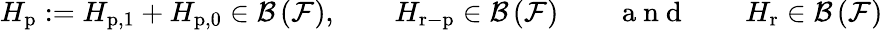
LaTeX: H_{\mathrm{p}}:=H_{\mathrm{p},1}+H_{\mathrm{p},0}\in\mathcal{B}\left(\mathcal{F}\right),\qquad H_{\mathrm{r-p}}\in\mathcal{B}\left(\mathcal{F}\right)\qquad\mathrm{~a~n~d~}\qquad H_{\mathrm{r}}\in\mathcal{B}\left(\mathcal{F}\right)